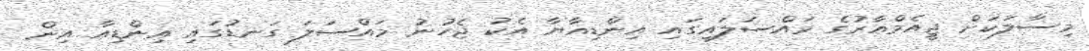
މިސާލަކަށް ޖީއެމްއާރުގެ މައްސަލައިގައި އިންޑިއާޔާ އެކު ޖެހުނު މައްސަލަ ގަނޑުގައި އިންޑިއާ އިން